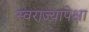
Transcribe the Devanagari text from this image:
स्वराज्यापेक्षा